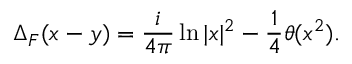
\Delta _ { F } ( x - y ) = \frac { i } { 4 \pi } \ln | x | ^ { 2 } - \frac { 1 } { 4 } \theta ( x ^ { 2 } ) .